Bulletin of the Pasteur Institute of Southern India, Coonoor - No. 3.
Year: 1910
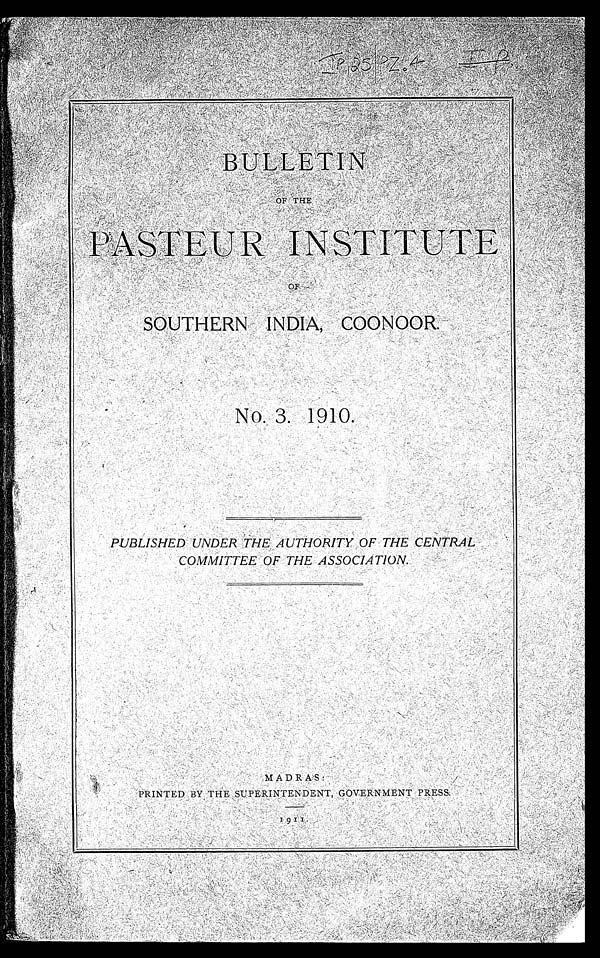
I P / 2 5 / P Z . 4
I P
BULLETIN OF THE
PASTEUR I NSTI TUTE
OF SOUTHERN I NDI A, COONOOR.
NO. 3. 1910.
P U B L I S H E D U N D E R T H E A U T H O R I T Y O F T H E C E N T R A L
COMMI T T E E OF T HE A S S OCI A T I ON.
MADRAS.
P R I N T E D B Y T H E S U P E R I N T E N D E N T , G O V E R N M E N T P R E S S .
1911.